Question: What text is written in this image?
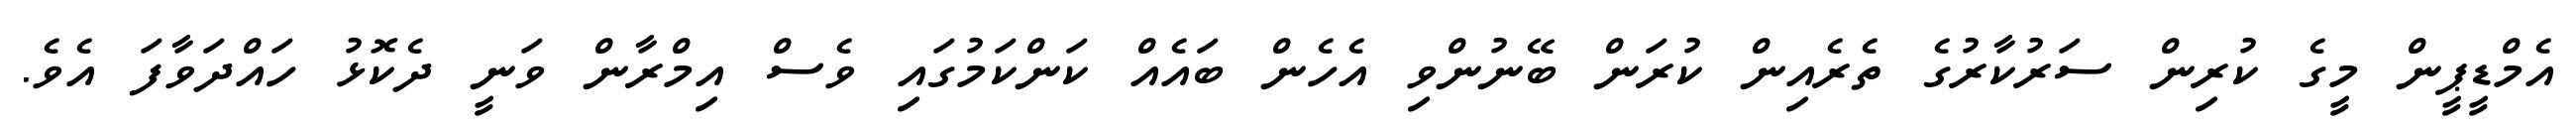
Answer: އެމްޑީޕީން މީގެ ކުރިން ސަރުކާރުގެ ތެރެއިން ކުރަން ބޭނުންވި އެހެން ބައެއް ކަންކަމުގައި ވެސް އިމްރާން ވަނީ ދެކޮޅު ހައްދަވާފަ އެވެ.